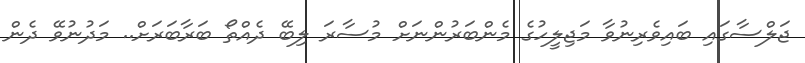
ޖަލްސާގައި ބައިވެރިނުވާ މަޖިލީހުގެ މެންބަރުންނަށް މުސާރަ ލިބޭ ދެއްތޯ ބަރާބަރަށް.. މަދުނުވޭ ދެން